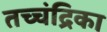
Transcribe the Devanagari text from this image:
तच्‍चंद्रिका